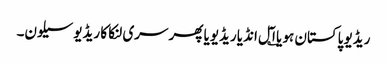
ریڈیو پاکستان ہو یا ا؎ٓل انڈیا ریڈیویا پھر سری لنکا کا ریڈیو سیلون۔